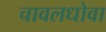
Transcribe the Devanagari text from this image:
चावलधोवा